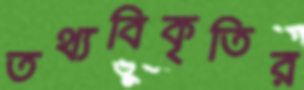
তথ্যবিকৃতির